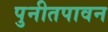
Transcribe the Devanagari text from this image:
पुनीतपावन